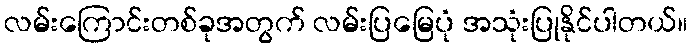
လမ်းကြောင်းတစ်ခုအတွက် လမ်းပြမြေပုံ အသုံးပြုနိုင်ပါတယ်။